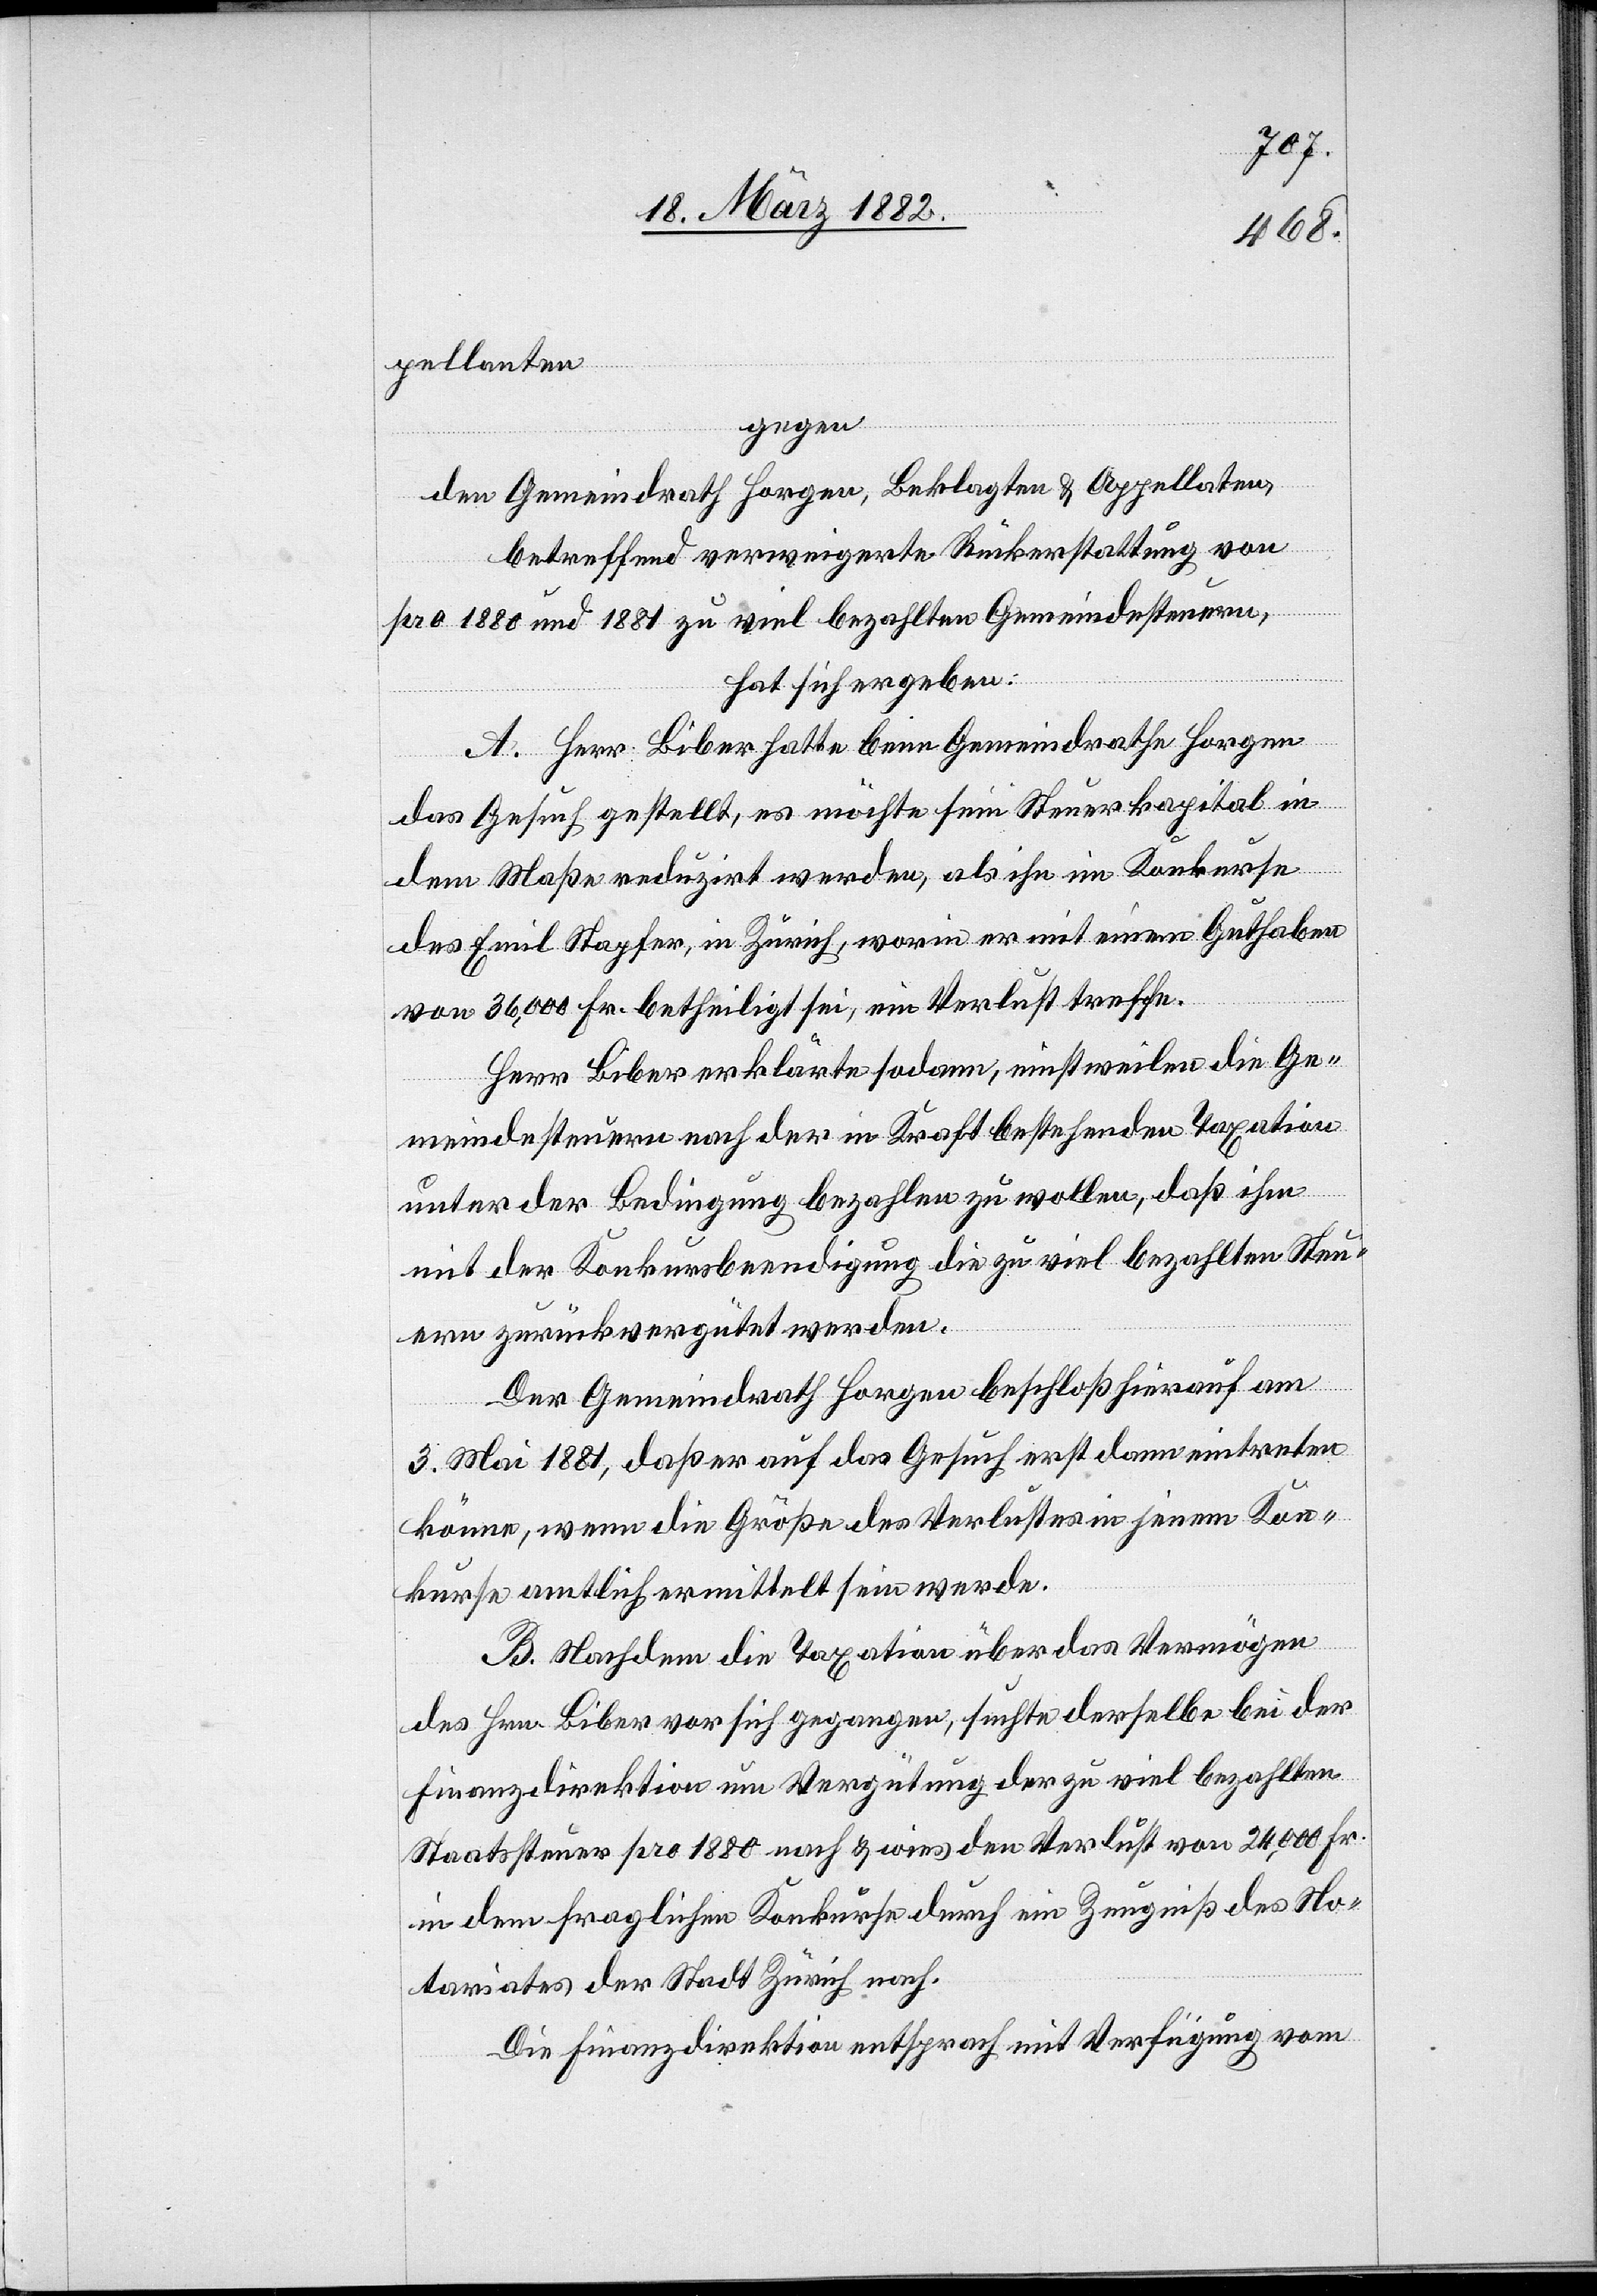
pellanten
gegen
den Gemeindrath Horgen, Beklagte & Appellaten,
betreffend verweigerte Rückerstattung von
pro 1880 und 1881 zu viel bezahlten Gemeindesteuern,
hat sich ergeben:
A. Herr Biber hatte beim Gemeindrathe Horgen
das Gesuch gestellt, es möchte sein Steuerkapital in
dem Maße reduzirt werden, als ihn im Konkurse
des Emil Stapfer, in Zürich, worin er mit einem Guthaben
von 36,000 Fr. betheiligt sei, ein Verlust treffe.
Herr Biber erklärte sodann, einstweilen die Ge¬
meindesteuern nach der in Kraft bestehenden Taxation
unter Bedingung bezahlen zu wollen, daß ihm
mit der Konkursbeendigung die zu viel bezahlten Steu¬
ern zurückvergütet werden.
Der Gemeindrath Horgen beschloß hierauf am
3. Mai 1881, daß er auf das Gesuch erst dann eintreten
könne, wenn die Größe des Verlustes in jenem Kon¬
kurse amtlich ermittelt sein werde.
B. Nachdem die Taxation über das Vermögen
des Hrn. Biber vor sich gegangen, suche derselbe bei der
Finanzdirektion um Vergütung der zu viel bezahlten
Staatssteuer pro 1880 nach & wies den Verlust von 24,000 Fr.
in dem fraglichen Konkurse durch ein Zeugniß des No¬
tariates der Stadt Zürich nach.
Die Finanzdirektion entsprach mit Verfügung vom